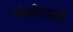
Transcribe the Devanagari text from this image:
कोचीसाठी